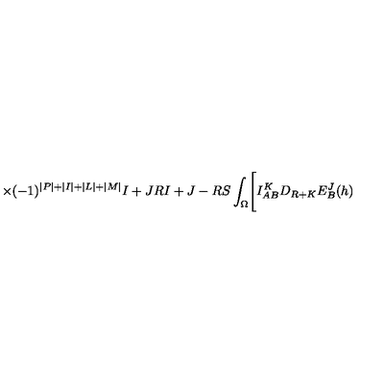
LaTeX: \times ( - 1 ) ^ { \vert P \vert + \vert I \vert + \vert L \vert + \vert M \vert } { \binom { I + J } { R } } { \binom { I + J - R } { S } } \int _ { \Omega } \Biggl [ I _ { A B } ^ { K } D _ { R + K } E _ { B } ^ { J } ( h )